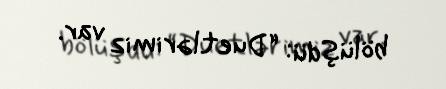
bölüşdü: “Duetlərimiz var.